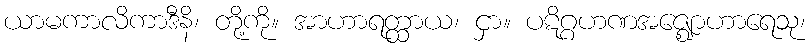
ယာမကာလိကာဒီနိ၊ တို့ကို။ အာဟာရတ္ထာယ၊ ငှာ။ ပဋိဂ္ဂဟဏအဇ္ဈောဟာရေသု၊